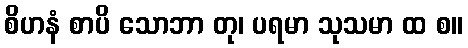
စိဟနံ စာပိ သောဘာ တု၊ ပရမာ သုသမာ ထ စ။